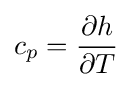
c_{p}={\frac {\partial h}{\partial T}}